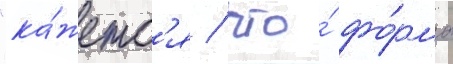
"ка́жетс'я / что́ фо́рма